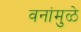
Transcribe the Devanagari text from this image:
वनांमुळे